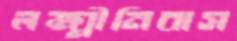
লক্ষ্মীনিবাস